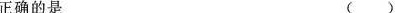
正确的是 ( )